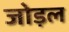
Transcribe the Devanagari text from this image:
जोड़ल